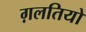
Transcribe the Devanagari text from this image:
ग़लतियो